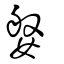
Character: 媻